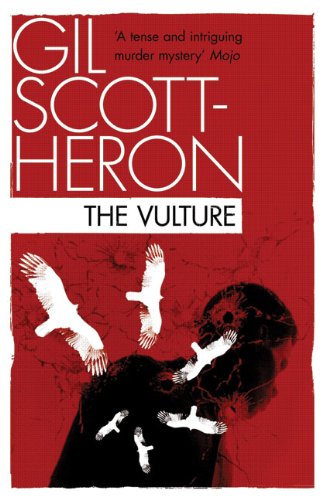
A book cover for The Vulture; Gil Scott-Heron; Mystery, Thriller & Suspense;